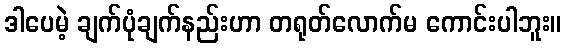
ဒါပေမဲ့ ချက်ပုံချက်နည်းဟာ တရုတ်လောက်မ ကောင်းပါဘူး။